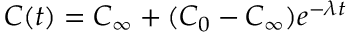
C ( t ) = C _ { \infty } + ( C _ { 0 } - C _ { \infty } ) e ^ { - \lambda t }